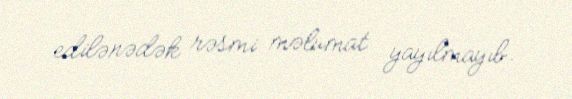
edilənədək rəsmi məlumat yayılmayıb.